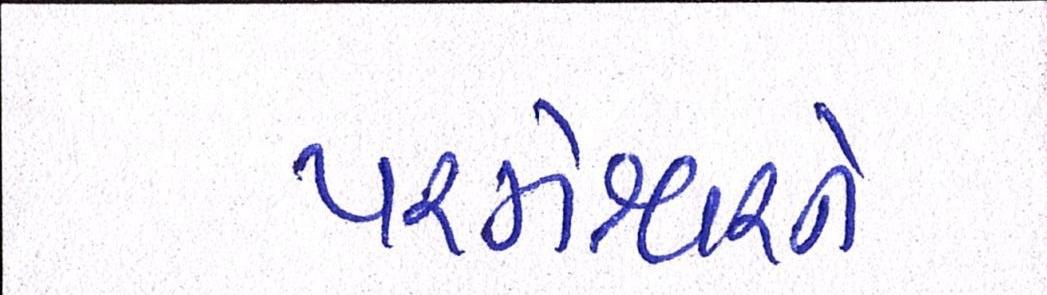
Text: પરમેશ્વરને